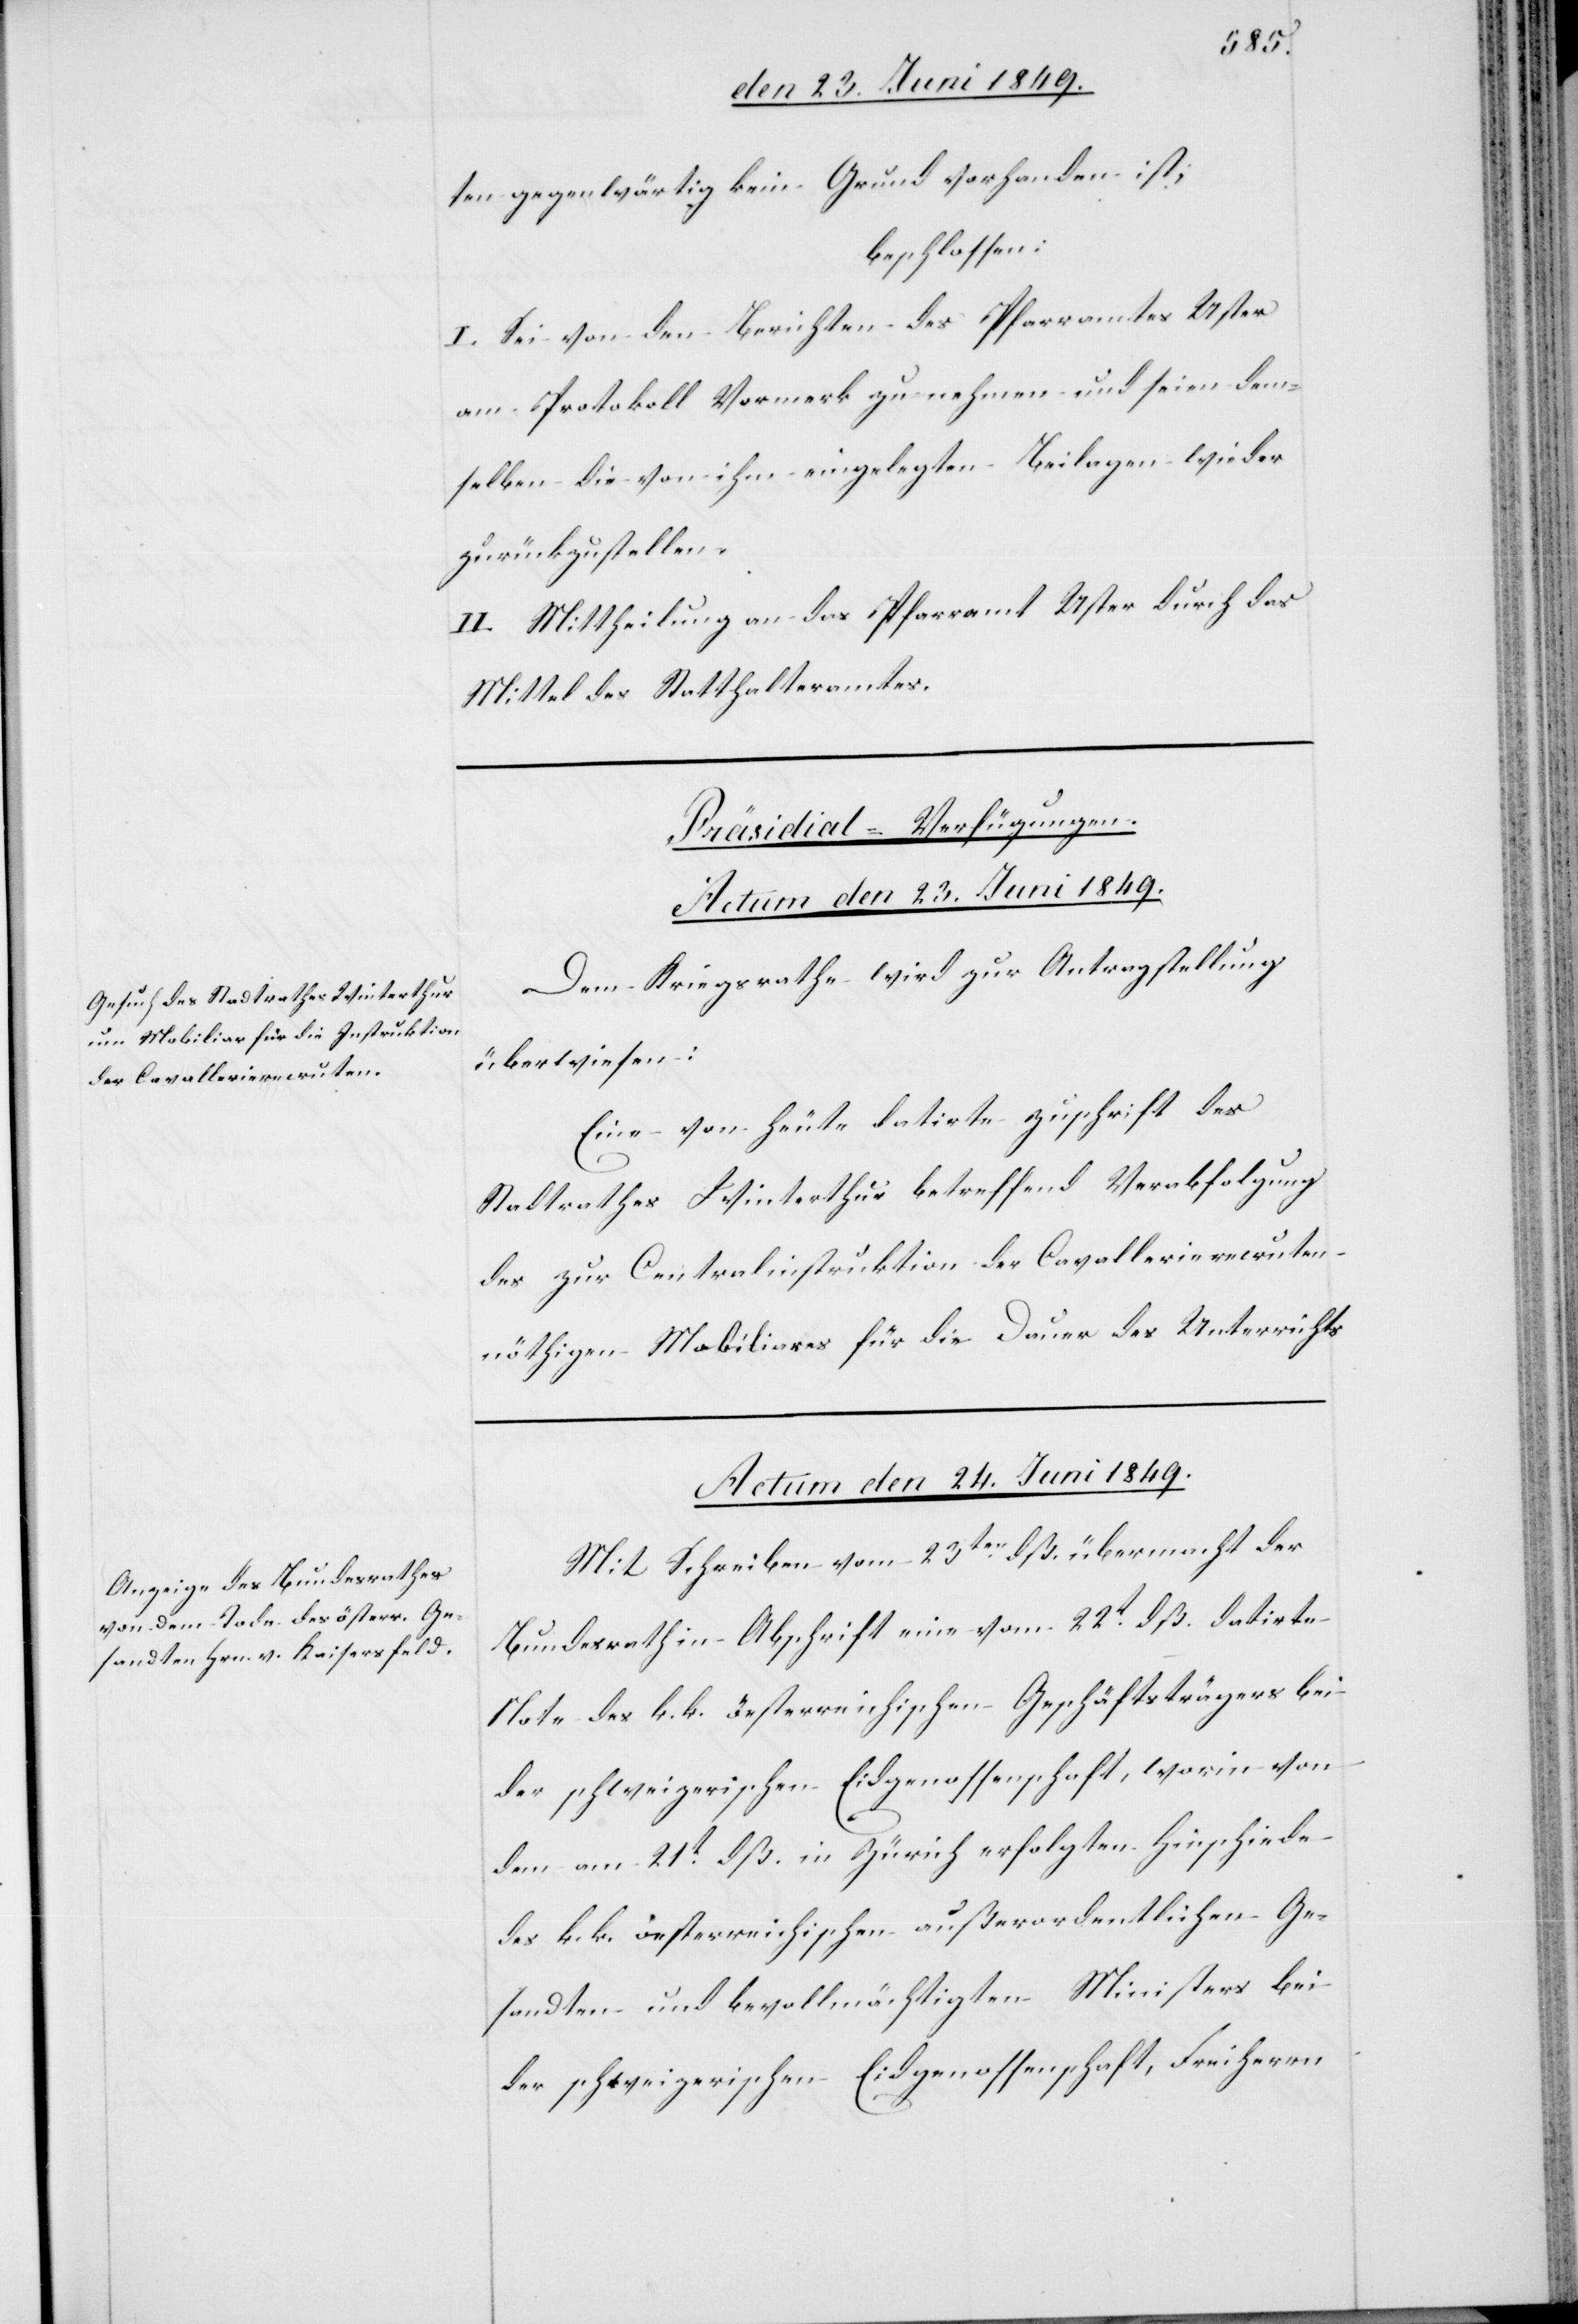
ten gegenwärtig kein Grund vorhanden ist;
beschlossen:
I. Sei von den Berichten des Pfarramtes Uster
am Protokoll Vormerk zu nehmen und seien dem¬
selben die von ihm eingelegten Beilagen wieder
zurückzustellen.
II. Mittheilung an das Pfarramt Uster durch das
Mittel des Statthalteramtes.
[Präsidial-Verfügungen.]
Actum den 23. Juni 1849.
Dem Kriegsrathe wird zur Antragstellung
überwiesen:
Eine von heute datirte Zuschrift des
Stadtrathes Winterthur betreffend Verabfolgung
des zur Centralinstruktion der Cavallerierecruten
nöthigen Mobiliares für die Dauer des Unterrichtes.
Actum den 24. Juni 1849.
Mit Schreiben vom 23ten dß. übermacht der
Bundesrath in Abschrift eine vom 22t dß. datirte
Note des k. k. öesterreichischen Geschäftsträgers bei
der schweizerischen Eidgenossenschaft, worin von
dem am 21t dß. in Zürich erfolgten Hinschiede
des k. k. öesterreichischen außerordentlichen Ge¬
sandten und bevollmächtigten Ministers bei
der schweizerischen Eidgenossenschaft, Freiherrn